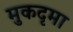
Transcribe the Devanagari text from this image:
मुकदृमा